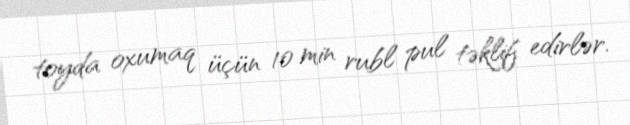
toyda oxumaq üçün 10 min rubl pul təklif edirlər.